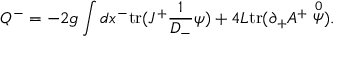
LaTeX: Q ^ { - } = - 2 g \int d x ^ { - } \mathrm { t r } ( J ^ { + } \frac { 1 } { D _ { - } } \psi ) + 4 L \mathrm { t r } ( \partial _ { + } A ^ { + } \stackrel { 0 } { \psi } ) .